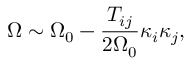
\Omega \sim \Omega _ { 0 } - \frac { T _ { i j } } { 2 \Omega _ { 0 } } \kappa _ { i } \kappa _ { j } ,